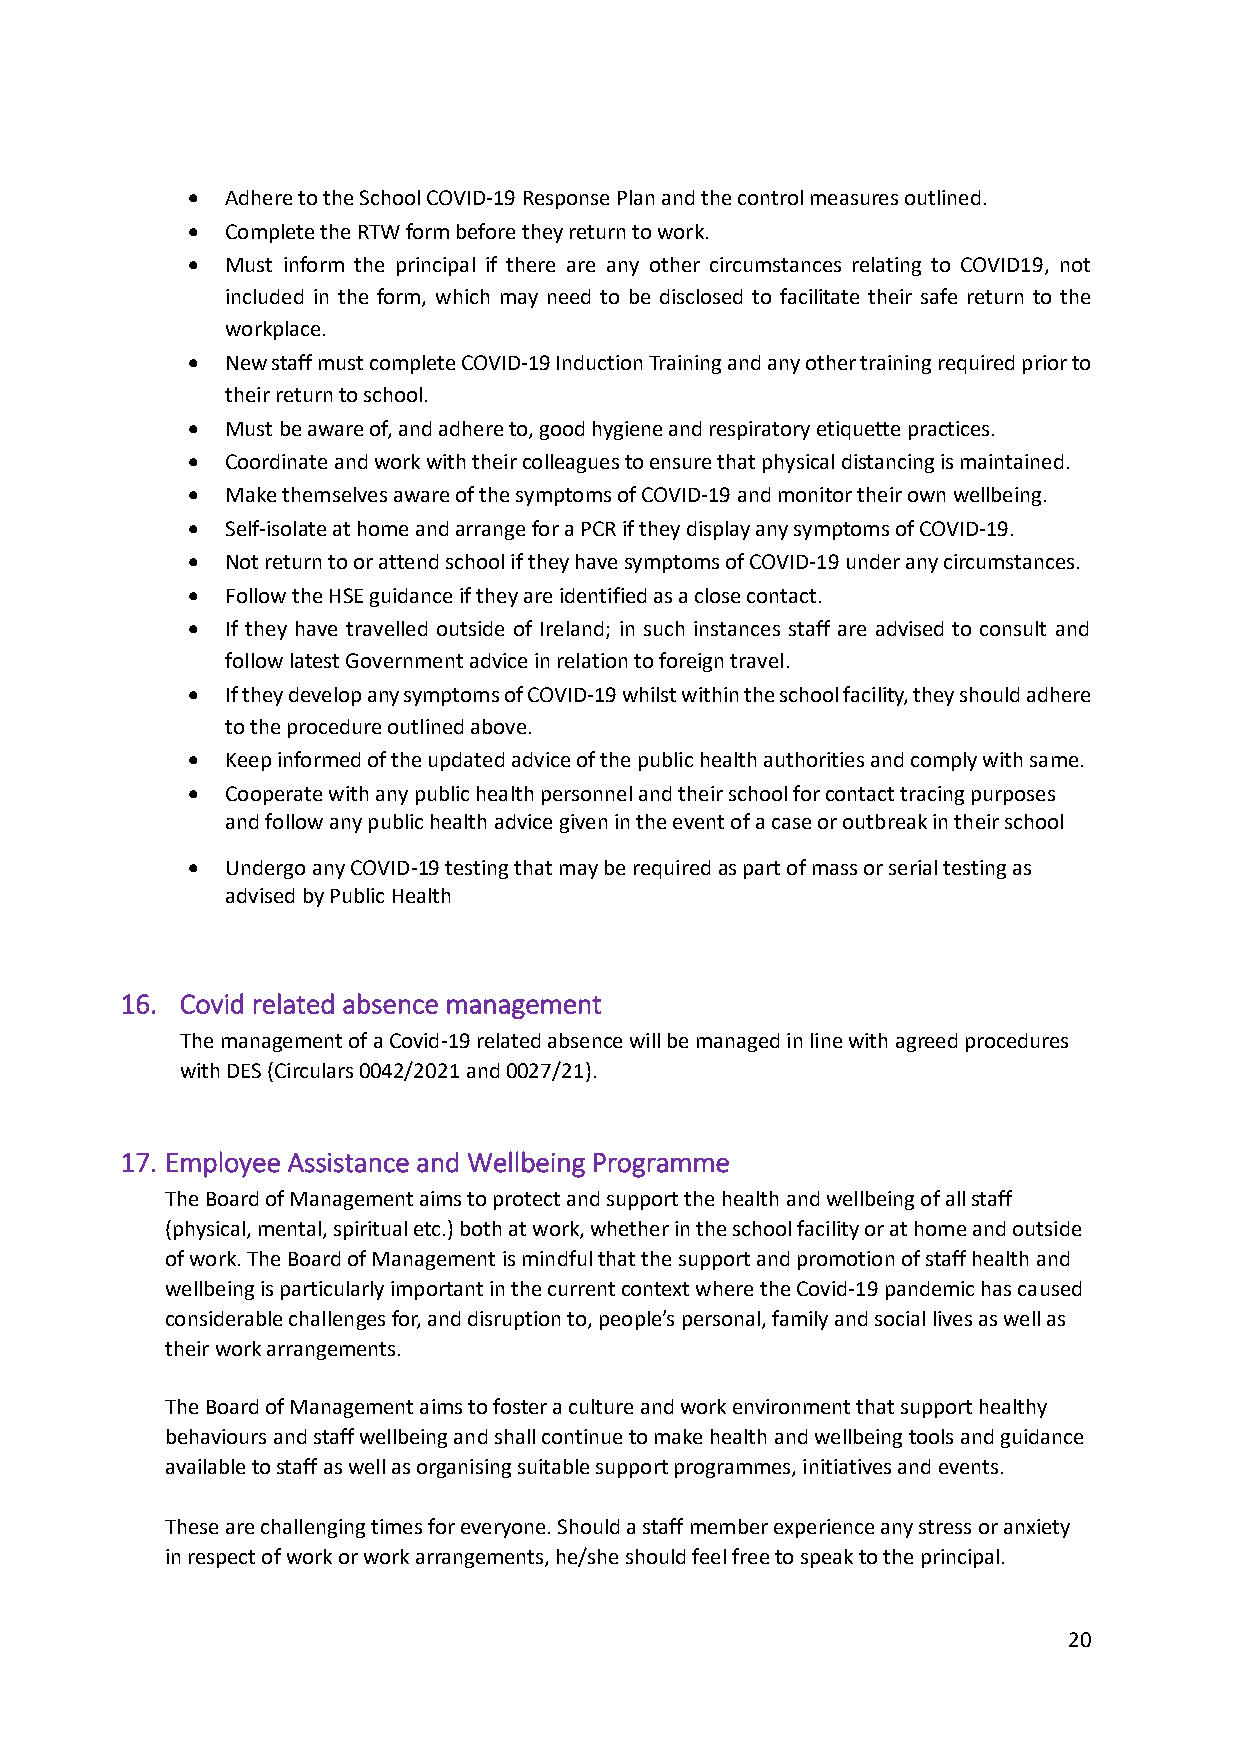
•  Adhere to the School COVID-19 Response Plan and the control measures outlined.
 •  Complete the RTW form before they return to work.
 •  Must inform the principal if there are any other circumstances relating to COVID19, not
 included in the form, which may need to be disclosed to facilitate their safe return to the
 workplace.
 •  New staff must complete COVID-19 Induction Training and any other training required prior to
 their return to school.
 •  Must be aware of, and adhere to, good hygiene and respiratory etiquette practices.
 •  Coordinate and work with their colleagues to ensure that physical distancing is maintained.
 •  Make themselves aware of the symptoms of COVID-19 and monitor their own wellbeing.
 •  Self-isolate at home and arrange for a PCR if they display any symptoms of COVID-19.
 •  Not return to or attend school if they have symptoms of COVID-19 under any circumstances.
 •  Follow the HSE guidance if they are identified as a close contact.
 •  If they have travelled outside of Ireland; in such instances staff are advised to consult and
 follow latest Government advice in relation to foreign travel.
 •  If they develop any symptoms of COVID-19 whilst within the school facility, they should adhere
 to the procedure outlined above.
 •  Keep informed of the updated advice of the public health authorities and comply with same.
 •  Cooperate with any public health personnel and their school for contact tracing purposes
 and follow any public health advice given in the event of a case or outbreak in their school
 •  Undergo any COVID-19 testing that may be required as part of mass or serial testing as
 advised by Public Health
 16. Covid related absence management
 The management of a Covid-19 related absence will be managed in line with agreed procedures
 with DES (Circulars 0042/2021 and 0027/21).
 17. Employee Assistance and Wellbeing Programme
 The Board of Management aims to protect and support the health and wellbeing of all staff
 (physical, mental, spiritual etc.) both at work, whether in the school facility or at home and outside
 of work. The Board of Management is mindful that the support and promotion of staff health and
 wellbeing is particularly important in the current context where the Covid-19 pandemic has caused
 considerable challenges for, and disruption to, people’s personal, family and social lives as well as
 their work arrangements.
 The Board of Management aims to foster a culture and work environment that support healthy
 behaviours and staff wellbeing and shall continue to make health and wellbeing tools and guidance
 available to staff as well as organising suitable support programmes, initiatives and events.
 These are challenging times for everyone. Should a staff member experience any stress or anxiety
 in respect of work or work arrangements, he/she should feel free to speak to the principal.
 20